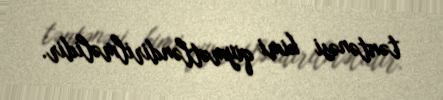
təntənəsi kimi qiymətləndirilməlidir.